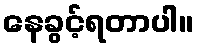
နေခွင့်ရတာပါ။